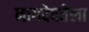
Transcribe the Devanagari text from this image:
नागदेवतेला